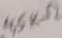
Text: 4,5KΩ